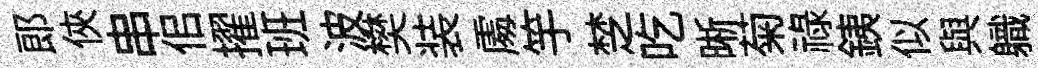
郞俠串佀擢班波樊装𠁅竽椘吃晰菊祿銕似與軄